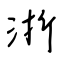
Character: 浙